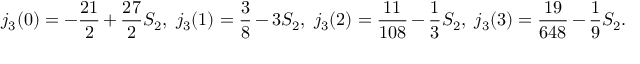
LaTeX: j _ { 3 } ( 0 ) = - \frac { 2 1 } { 2 } + \frac { 2 7 } { 2 } S _ { 2 } , ~ j _ { 3 } ( 1 ) = \frac { 3 } { 8 } - 3 S _ { 2 } , ~ j _ { 3 } ( 2 ) = \frac { 1 1 } { 1 0 8 } - \frac { 1 } { 3 } S _ { 2 } , ~ j _ { 3 } ( 3 ) = \frac { 1 9 } { 6 4 8 } - \frac { 1 } { 9 } S _ { 2 } .